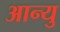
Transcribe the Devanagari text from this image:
आन्यु